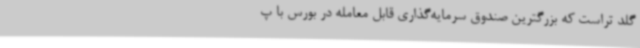
گلد تراست که بزرگترین صندوق سرمایه‌گذاری قابل معامله در بورس با پ